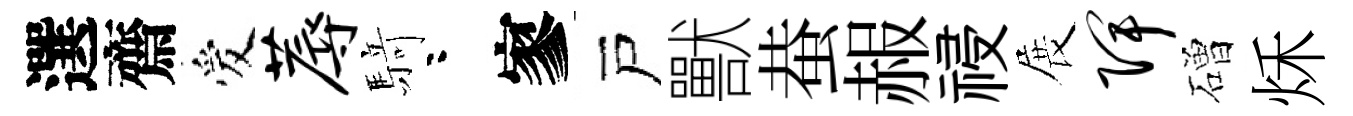
選齋爱蓐𮪍咯寥戸獸蛬赧祲展陴磳秌